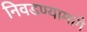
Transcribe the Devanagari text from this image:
निवडण्यामागे